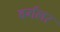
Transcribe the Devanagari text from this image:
बर्गलर